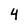
Character: 4